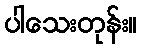
ပါသေးတုန်း။